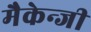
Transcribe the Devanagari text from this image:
मैकेन्जी